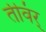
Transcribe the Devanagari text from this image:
तीवंर्